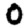
Digit: 0